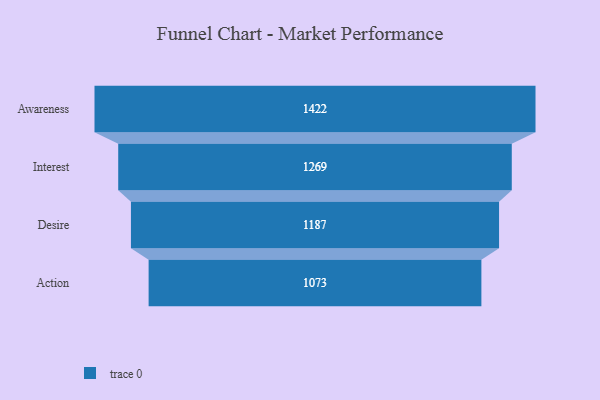
{"axis": {"x": "Stage", "y": "Value"}, "legend": [""], "data": [{"x": "Awareness", "y": 1422.0, "type": ""}, {"x": "Interest", "y": 1269.0, "type": ""}, {"x": "Desire", "y": 1187.0, "type": ""}, {"x": "Action", "y": 1073.0, "type": ""}]}